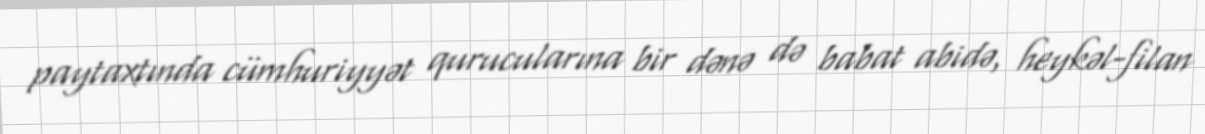
paytaxtında cümhuriyyət qurucularına bir dənə də babat abidə, heykəl-filan